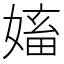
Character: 㜅